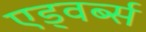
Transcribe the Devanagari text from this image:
एड्वर्ब्स